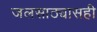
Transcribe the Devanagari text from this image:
जलसाठ्यासही